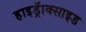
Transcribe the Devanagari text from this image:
हाइड्रॅाक्साइड